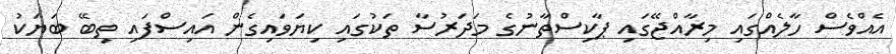
އެއްވެސް ހާލެއްގައި މިރާއްޖޭގައި ޕާކިސްތާނުގެ މަދަރުސާ ތަކުގައި ކިޔަވައިގެން އައިސްފައި ތިބޭ ބަޔަކު